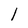
Character: l